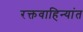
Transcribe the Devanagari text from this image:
रक्तवाहिन्यांत